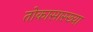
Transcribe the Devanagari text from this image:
तोकासारख्या